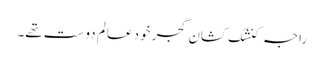
راجہ کنشک کشان گجر خود عالم دوست تھے۔